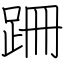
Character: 跚